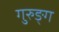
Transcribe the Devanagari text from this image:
गुरुङ्ग